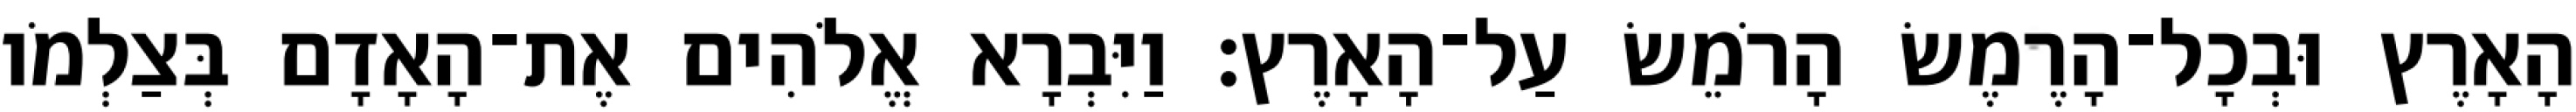
הָאָרֶץ וּבְכָל־הָרֶמֶשׂ הָרֹמֵשׂ עַל־הָאָרֶץ׃ וַיִּבְרָא אֱלֹהִים אֶת־הָאָדָם בְּצַלְמֹו